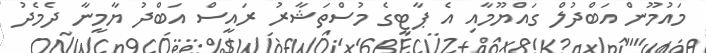
މައުމޫން އަބްދުލް ގައްޔޫމާއި އެ ޕާޓީގެ މުސްތަޝާރު ރައީސް އަބްދު ޔާމީނާ ދެމެދު